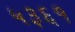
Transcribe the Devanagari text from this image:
५३६१